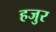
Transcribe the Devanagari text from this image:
हजुर